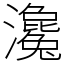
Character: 瀺